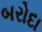
બરોદા